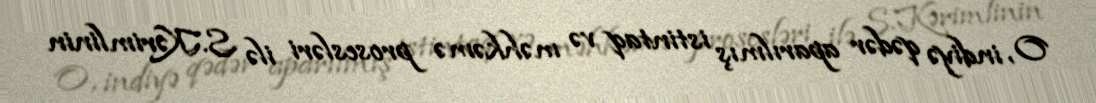
O, indiyə qədər aparılmış istintaq və məhkəmə prosesləri ilə S.Kərimlinin